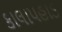
કાલાપહાડ